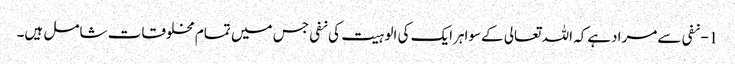
1- نفی سےمرادہےکہ اللہ تعالی کےسواہرایک کی الوہیت کی نفی جس میں تمام مخلوقات شامل ہیں۔